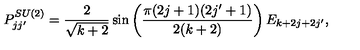
P _ { j j ^ { \prime } } ^ { S U ( 2 ) } = \frac { 2 } { \sqrt { k + 2 } } \sin \left( \frac { \pi ( 2 j + 1 ) ( 2 j ^ { \prime } + 1 ) } { 2 ( k + 2 ) } \right) E _ { k + 2 j + 2 j ^ { \prime } } ,